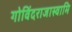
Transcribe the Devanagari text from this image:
गोविंदराजास्वामि